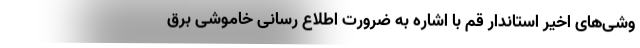
وشی‌های اخیر استاندار قم با اشاره به ضرورت اطلاع رسانی خاموشی برق